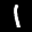
Label: 1